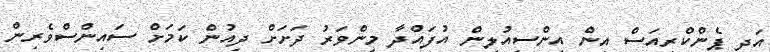
އަދި ޕެންކްރިއަސް އިން އިންސިއުލިން އުފައްދާ މިންވަރު ދަށަށް ދިއުން ކަމަށް ސައިންސްވެރިން